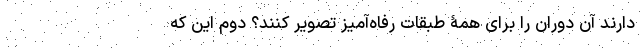
دارند آن دوران را برای همۀ طبقات رفاه‌آمیز تصویر کنند؟ دوم این که